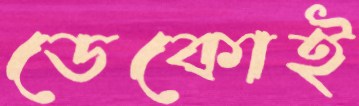
ডেকোই